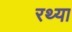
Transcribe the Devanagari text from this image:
रथ्या